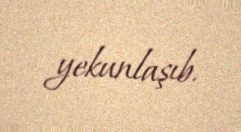
yekunlaşıb.